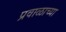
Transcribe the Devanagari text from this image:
प्रवाळाच्या